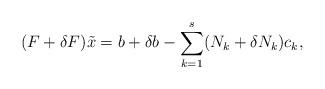
LaTeX: \begin{align*}(F+\delta F)\tilde{x} = b+\delta b - \sum_{k=1}^s (N_k+\delta N_k) c_k,\end{align*}